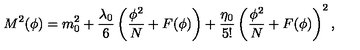
M ^ { 2 } ( \phi ) = m _ { 0 } ^ { 2 } + \frac { \lambda _ { 0 } } { 6 } \left( \frac { \phi ^ { 2 } } { N } + F ( \phi ) \right) + \frac { \eta _ { 0 } } { 5 ! } \left( \frac { \phi ^ { 2 } } { N } + F ( \phi ) \right) ^ { 2 } ,